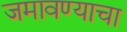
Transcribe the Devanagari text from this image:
जमावण्याचा